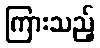
ကြားသည့်